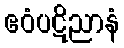
ဧဝံပဋိညာနံ